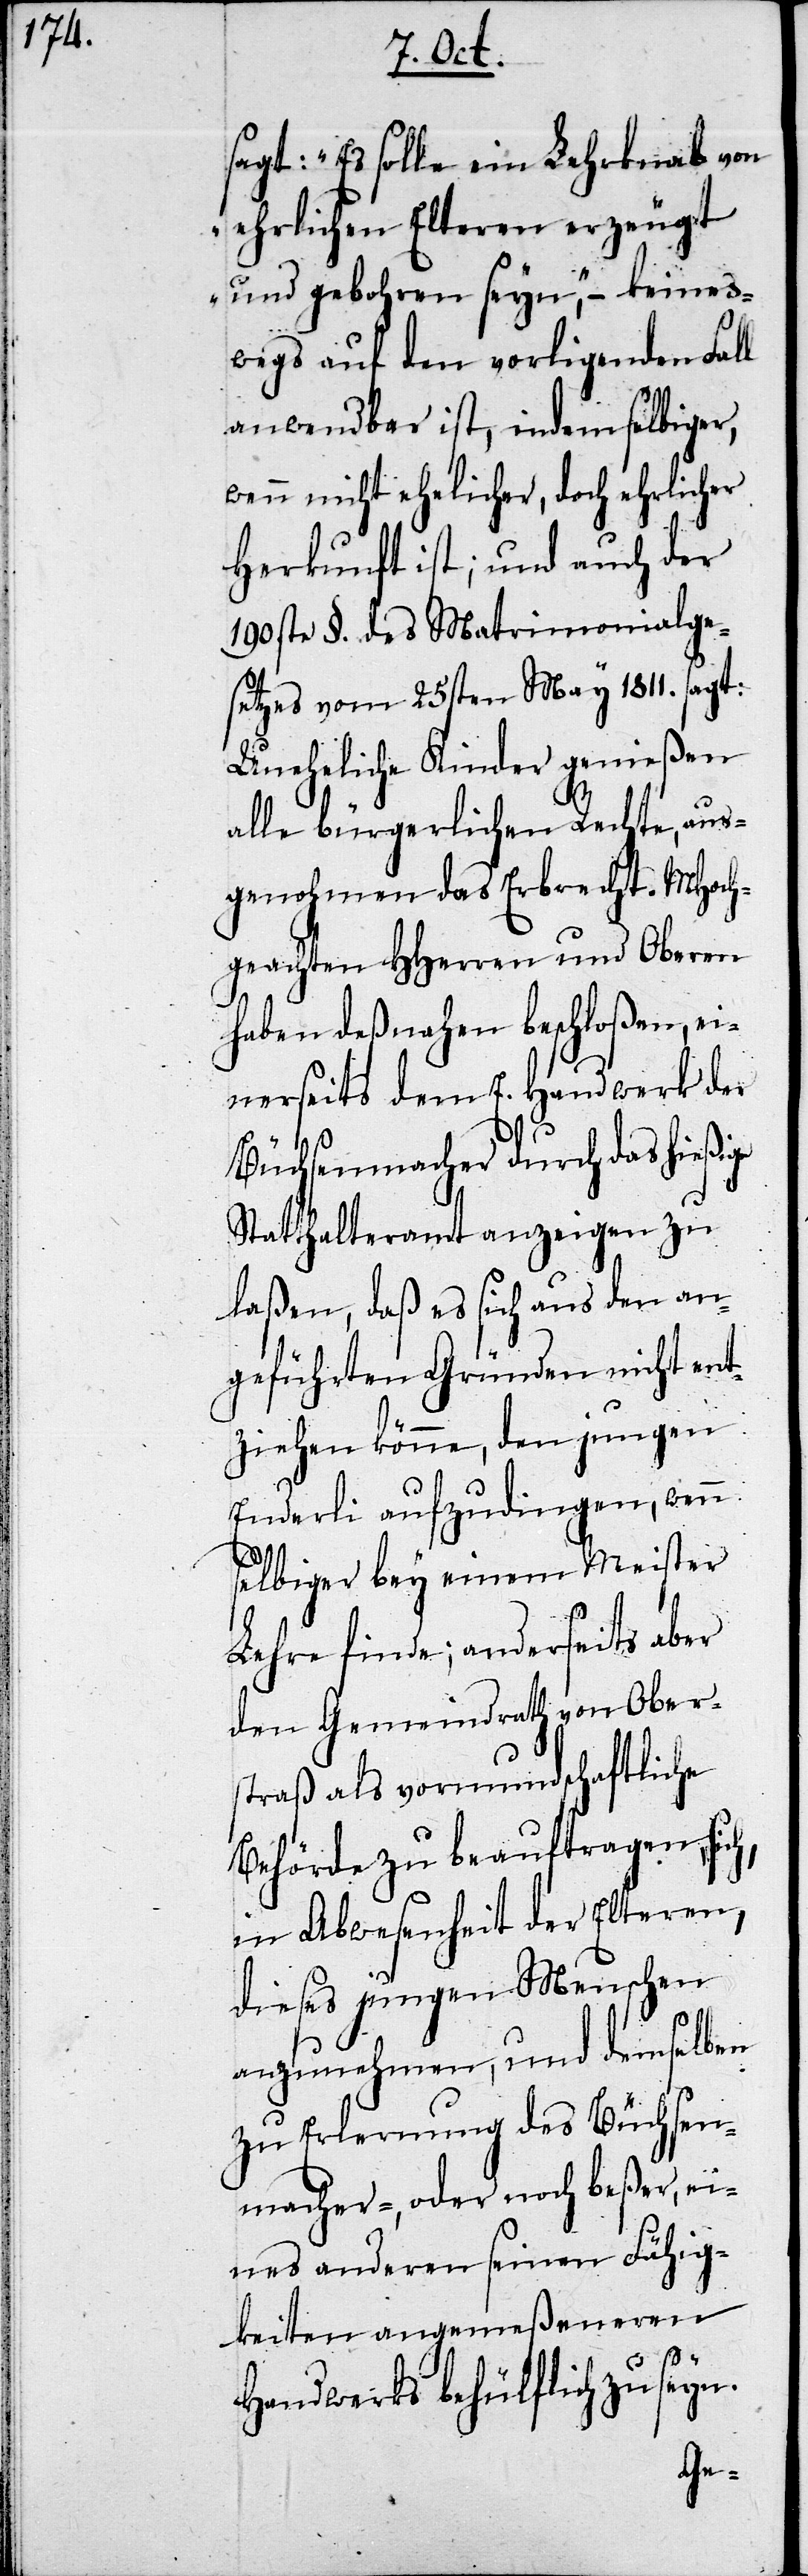
sagt: „Es solle ein Lehrknab von
ehrlichen Elteren erzeugt
und gebohren seyn“, – keines¬
wegs auf den vorliegenden Fall
anwendbar ist, indem selbiger,
wenn nicht ehelicher, doch ehrlicher
Herkunft ist; und auch der
190ste §. des Matrimonialge¬
setzes vom 25sten May 1811. sagt:
Uneheliche Kinder genießen
alle bürgerlichen Rechte, aus¬
genohmen das Erbrecht. MHoch¬
geachten HHerren und Oberen
haben deßnahen beschloßen, ei¬
nerseits dem E. Handwerk der
Büchsenmacher durch das hießige
Statthalteramt anzeigen zu
laßen, daß es sich aus den an¬
geführten Gründen nicht ent¬
ziehen könne, den jungen
Enderli aufzudingen, wenn
selbiger bey einem Meister
Lehre finde; anderseits aber
den Gemeindrath von Ober¬
straß als vormundschaftliche
Behörde zu beauftragen, sich,
in Abwesenheit der Elteren,
dieses jungen Menschen
anzunehmen, und demselben
zu Erlernung des Büchsen¬
macher- oder noch beßer ei¬
nes anderen seinen Fähig¬
keiten angemeßenen
Handwerks behülflich zu seyn.